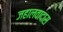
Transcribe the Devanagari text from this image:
जहालवादास